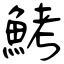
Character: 鮳